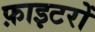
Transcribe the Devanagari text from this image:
फ़ाइटरों